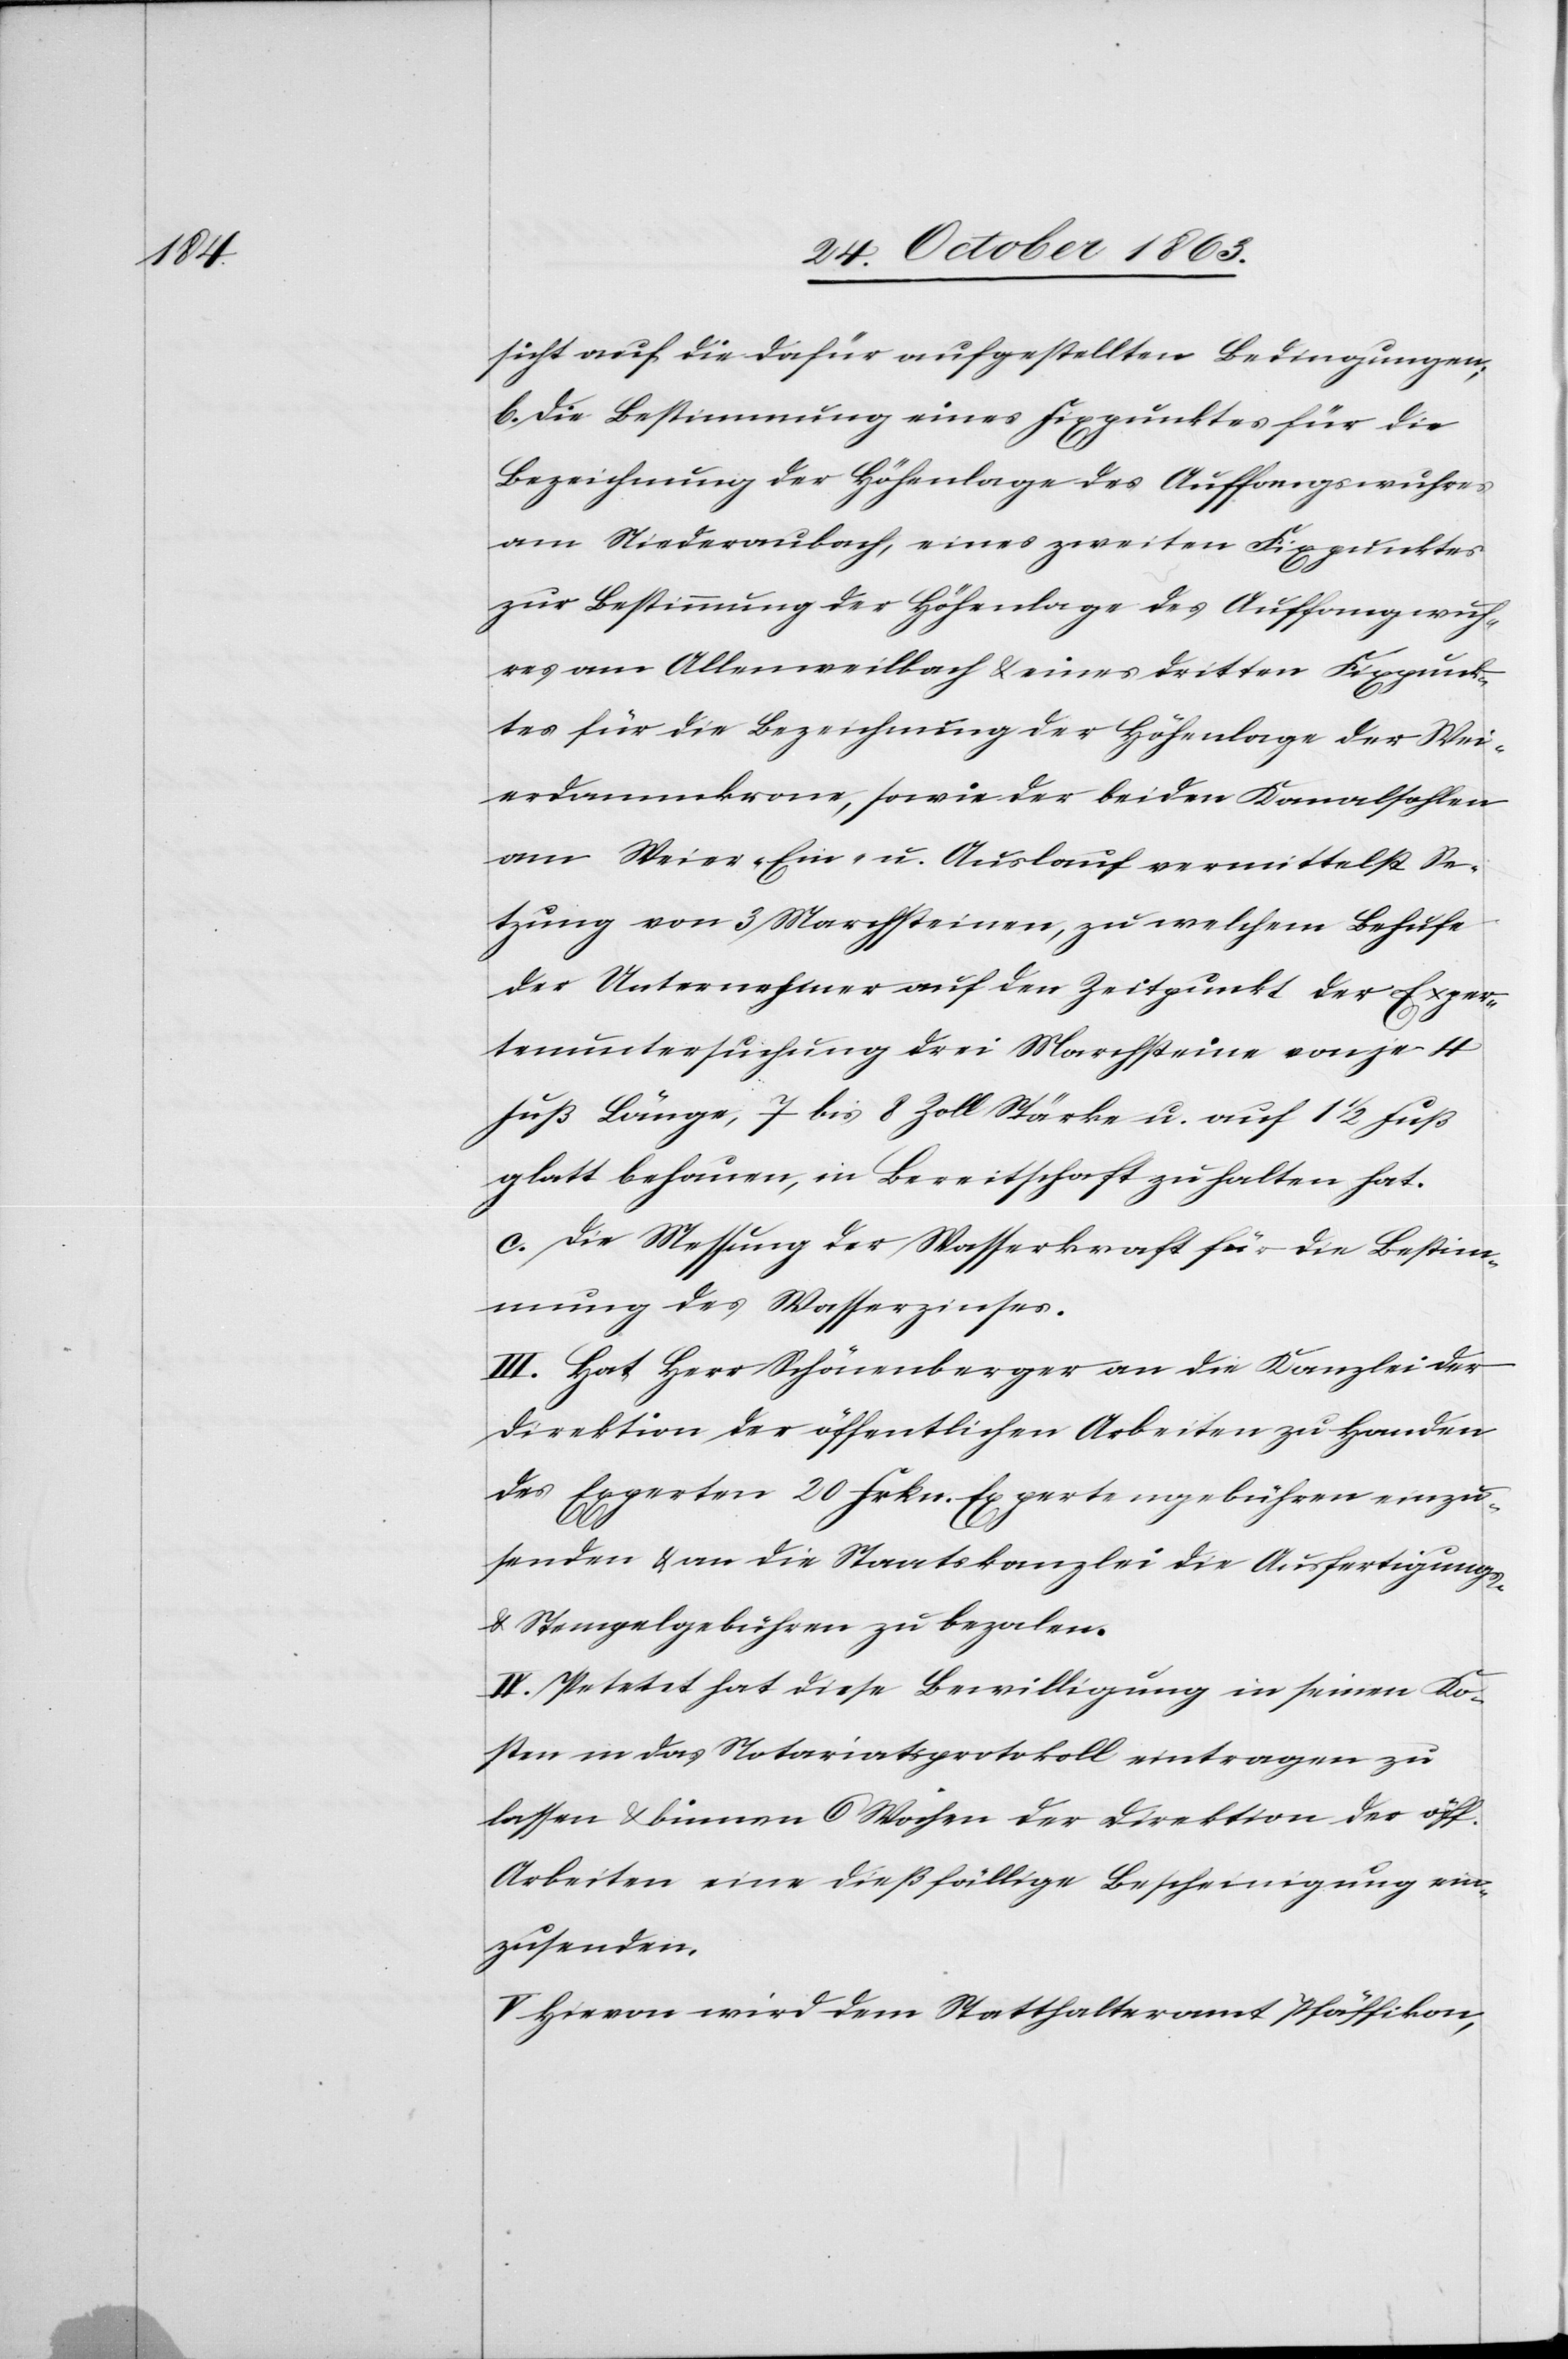
sicht auf die dafür aufgestellten Bedingungen;
b. Die Bestimmung eines Fixpunktes für die
Bezeichnung der Höhenlage des Auffangswuhres
am Niederaubach, eines zweiten Fixpunktes
zur Bestimmung der Höhenlage des Auffangwuh¬
res am Allenweilbach & eines dritten Fixpunk¬
tes für die Bezeichnung der Höhenlage der Wei¬
erdammkrone, sowie der beiden Kanalsohlen
am Weier-Ein- u. Auslauf vermittelst Se¬
tzung von 3 Marchsteinen, zu welchem Behufe
der Unternehmer auf den Zeitpunkt der Exper¬
tenuntersuchung drei Marchsteine von je 4
Fuß Länge, 7 bis 8 Zoll Stärke u. auf 1 1/2 Fuß
glatt behauen, in Bereitschaft zu halten hat.
c. Die Messung der Wasserkraft für die Bestim¬
mung des Wasserzinses.
III. Hat Herr Schönenberger an die Kanzlei der
Direktion der öffentlichen Arbeiten zu Handen
des Experten 20 Frkn. Expertengebühren einzu¬
senden & an die Staatskanzlei die Ausfertigungs-
& Stempelgebühren zu bezalen.
[recte: Petent] hat diese Bewilligung in seinen Ko¬
sten in das Notariatsprotokoll eintragen zu
lassen & binnen 6 Wochen der Direktion der öff.
Arbeiten eine dießfällige Bescheinigung ein¬
zusenden.
V. Hievon wird dem Statthalteramt Pfäffikon,